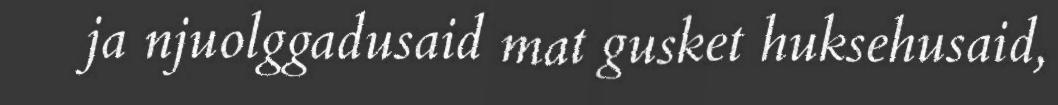
ja njuolggadusaid mat gusket huksehusaid,